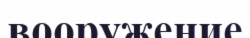
вооружение